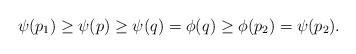
LaTeX: \begin{align*}\psi(p_1) \geq \psi(p) \geq \psi(q) = \phi(q) \geq \phi(p_2) = \psi(p_2).\end{align*}